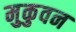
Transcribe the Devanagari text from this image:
मुकुवन